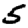
Digit: 5